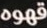
قهوه